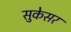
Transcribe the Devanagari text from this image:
सुकेसर